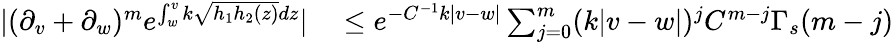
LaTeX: \begin{array}{rl}{|(\partial_{v}+\partial_{w})^{m}e^{\int_{w}^{v}k\sqrt{h_{1}h_{2}(z)}dz}|}&{{}\leq e^{-C^{-1}k|v-w|}\sum_{j=0}^{m}(k|v-w|)^{j}C^{m-j}\Gamma_{s}(m-j)}\end{array}